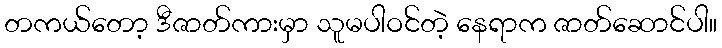
တကယ်တော့ ဒီဇာတ်ကားမှာ သူမပါဝင်တဲ့ နေရာက ဇာတ်ဆောင်ပါ။